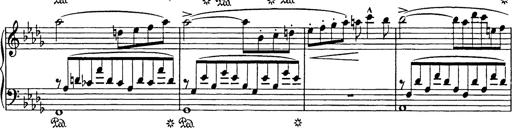
Title: Consolations
Composer: Franz Liszt